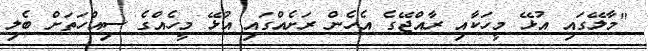
"މާލޭގައި އުޅޭ މީހަކާއި ރާއްޖޭގެ އެހެން ރަށެއްގައި އުޅޭ މީހެއްގެ ސިއްހަތަށް ބެލި